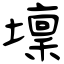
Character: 壈